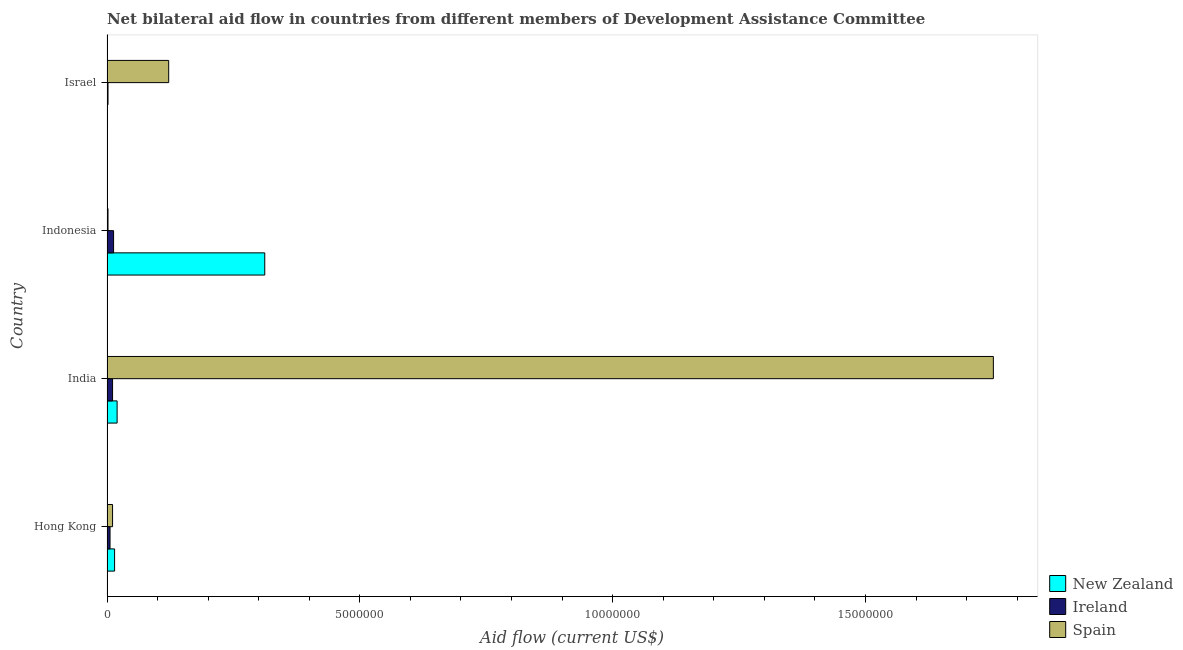
| Country | New Zealand | Ireland | Spain |
 | --- | --- | --- | --- |
 | Hong Kong | 1.5e+05 | 6e+04 | 1.1e+05 |
 | India | 2e+05 | 1.1e+05 | 1.75e+07 |
 | Indonesia | 3.12e+06 | 1.3e+05 | 2e+04 |
 | Israel | 1e+04 | 2e+04 | 1.22e+06 |